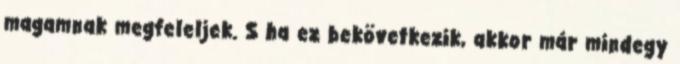
magamnak megfeleljek. S ha ez bekövetkezik, akkor már mindegy